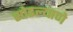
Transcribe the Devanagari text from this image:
सोडल्याणे